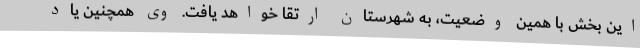
این بخش با همین وضعیت، به شهرستان ارتقا خواهد یافت. وی همچنین یاد